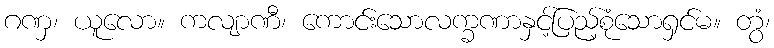
ဂဏှ၊ ယူလော။ ကလျာဏီ၊ ကောင်းသောလက္ခဏာနှင့်ပြည့်စုံသောရှင်မ။ တွံ၊